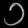
Digit: ၁